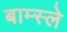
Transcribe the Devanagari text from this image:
बाम्स्ले